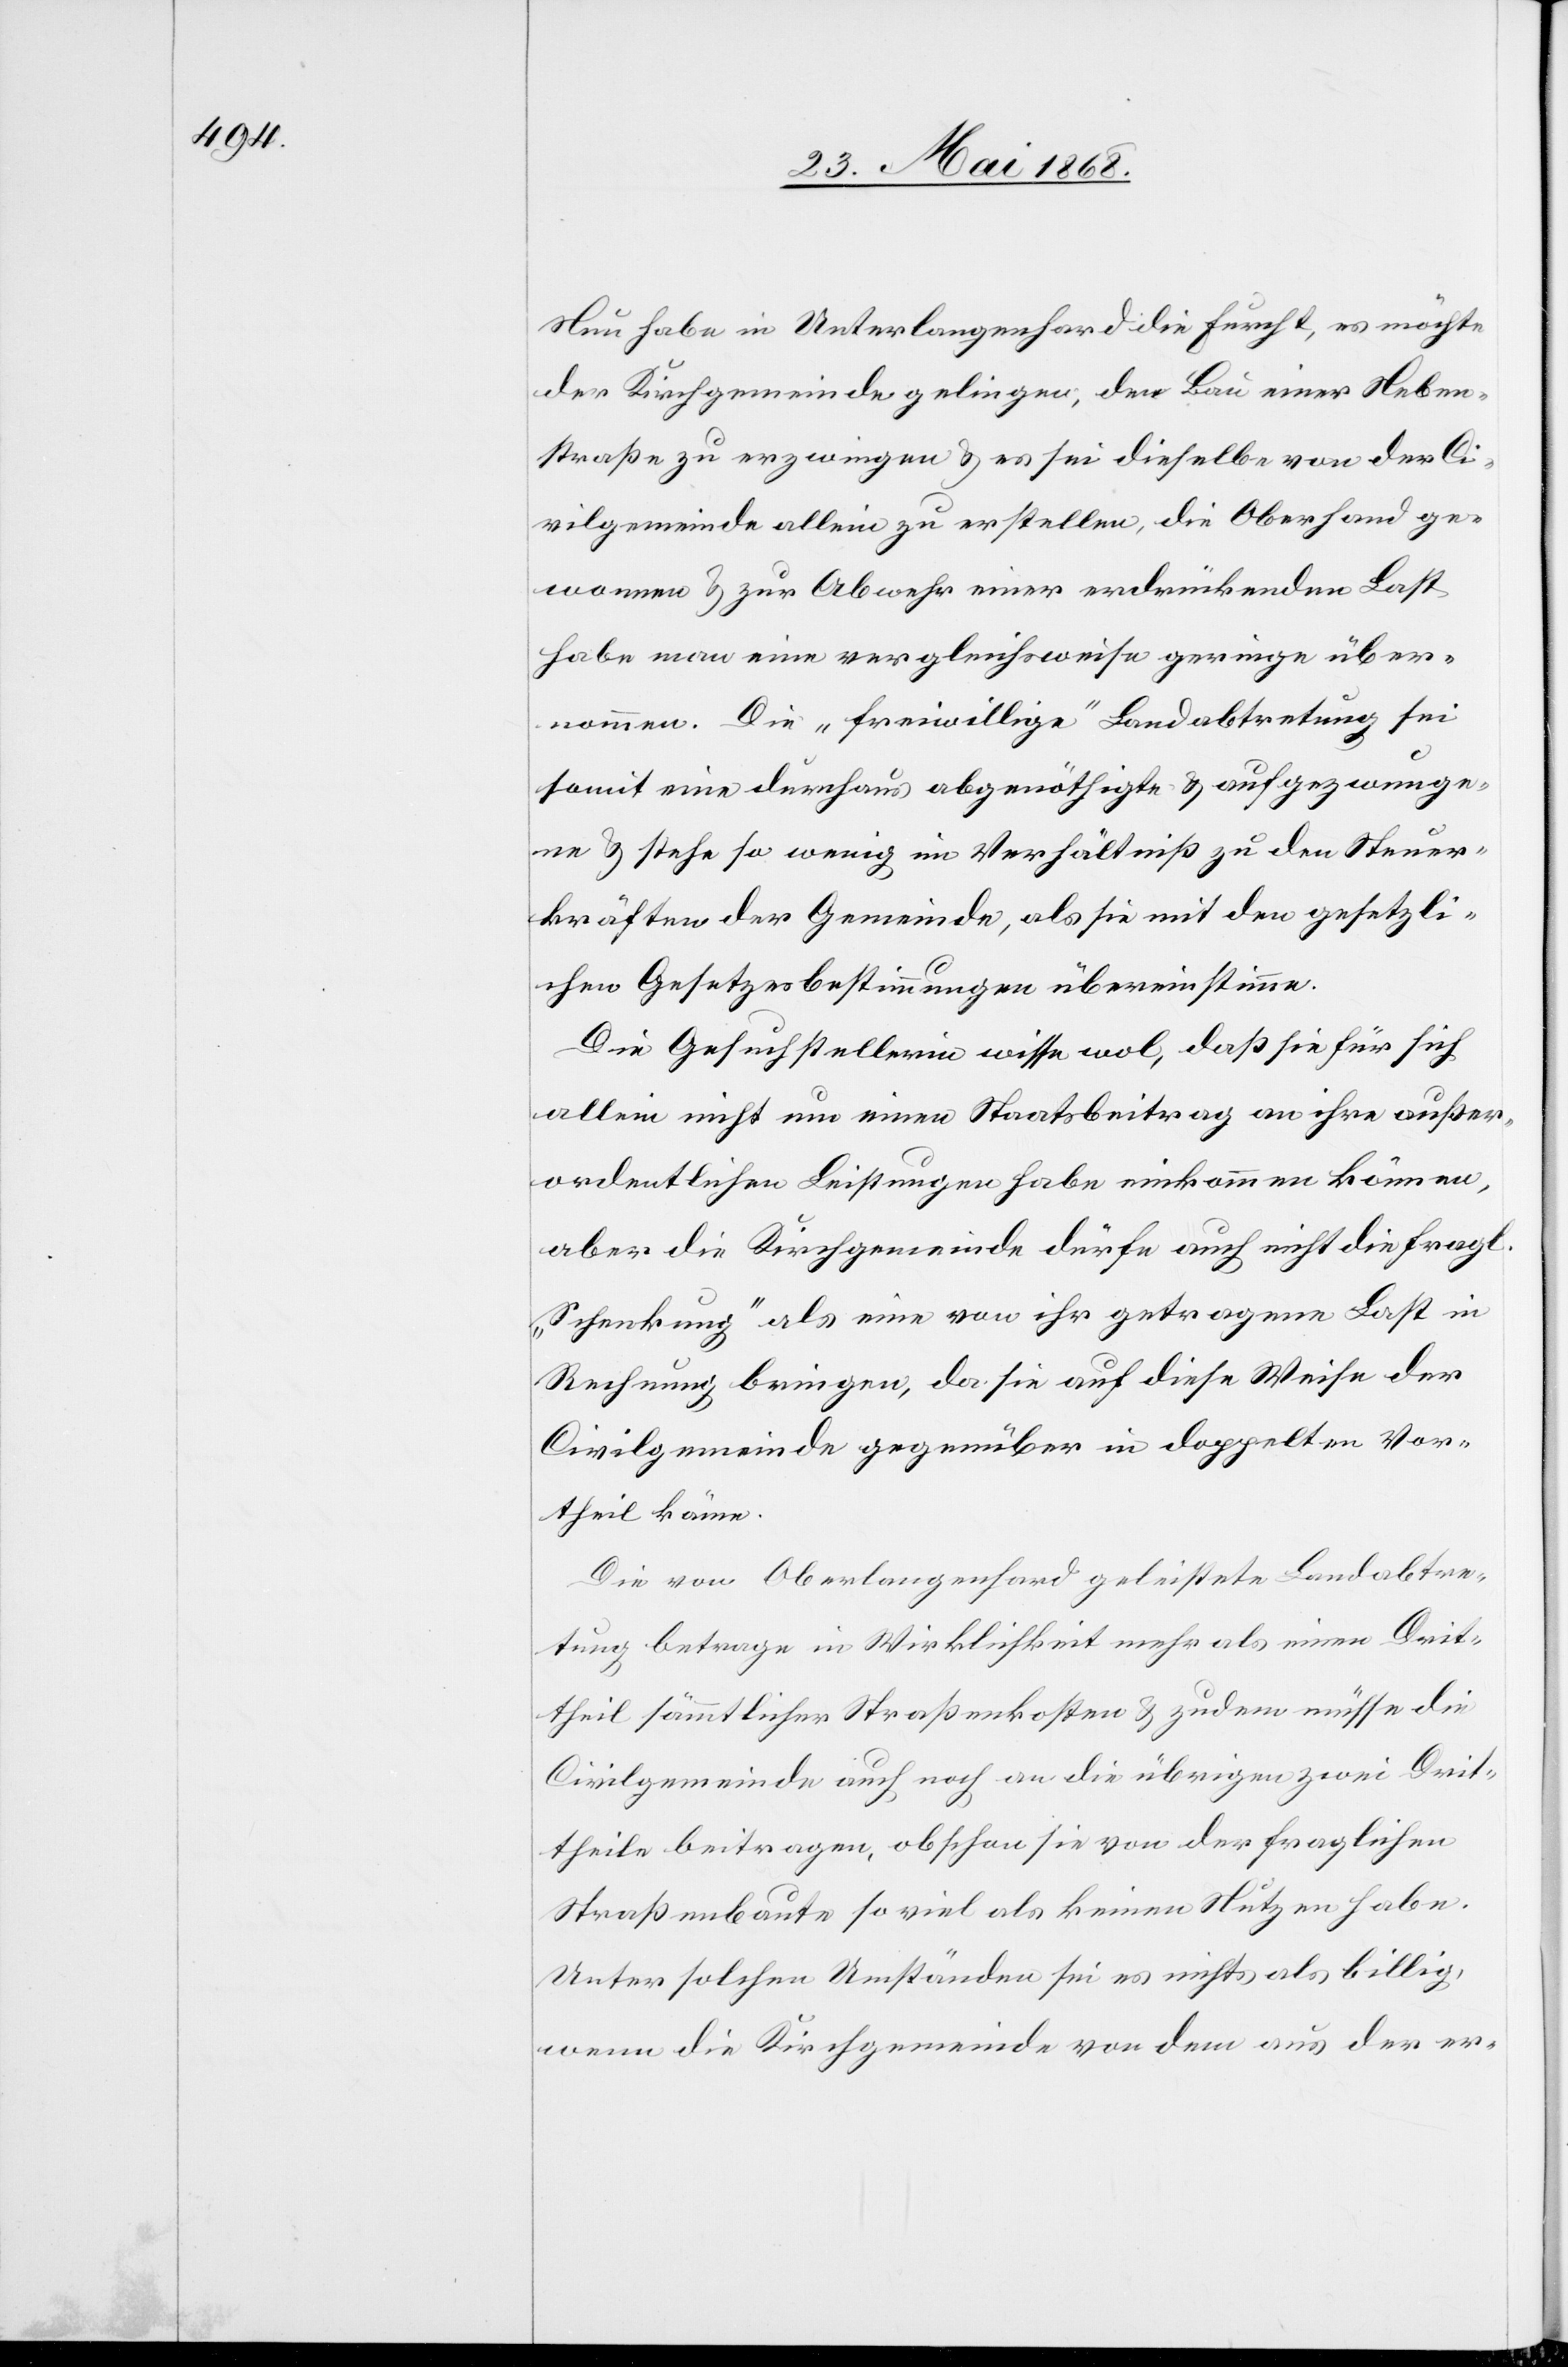
Nun habe in Unterlangenhard die Furcht, es möchte
der Kirchgemeinde gelingen, den Bau einer Neben¬
straße zu erzwingen & es sei dieselbe von der Ci¬
vilgemeinde allein zu erstellen, die Oberhand ge¬
wonnen & zur Abwehr einer erdrückenden Last
habe man eine vergleichsweise geringe über¬
nommen. Die „freiwillige“ Landabtretung sei
somit eine durchaus abgenöthigte & aufgezwunge¬
ne & stehe so wenig im Verhältniß zu den Steuer¬
kräften der Gemeinde, als sie mit den gesetzli¬
chen Gesetzesbestimmungen übereinstimme.
Die Gesuchstellerin wisse wol, daß sie für sich
allein nicht um einen Staatsbeitrag an ihre außer¬
ordentlichen Leistungen habe einkommen können,
aber die Kirchgemeinde dürfe auch nicht die fragl.
„Schenkung“ als eine von ihr getragene Last in
Rechnung bringen, da sie auf diese Weise der
Civilgemeinde gegenüber in doppelten Vor¬
theil käme.
Die von Oberlangenhard geleistete Landabtre¬
tung betrage in Wirklichkeit mehr als einen Drit¬
theil sämmtlicher Straßenkosten & zudem müsse die
Civilgemeinde auch noch an die übrigen zwei Drit¬
theile beitragen, obschon sie von der fraglichen
Straßenbaute so viel als keinen Nutzen habe.
Unter solchen Umständen sei es nichts als billig,
wenn die Kirchgemeinde von dem aus der er-